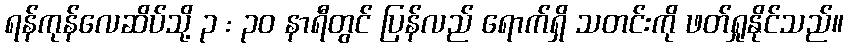
ရန်ကုန်လေဆိပ်သို့ ၃ : ၃၀ နာရီတွင် ပြန်လည် ရောက်ရှိ သတင်းကို ဖတ်ရှုနိုင်သည်။